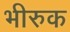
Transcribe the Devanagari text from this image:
भीरुक